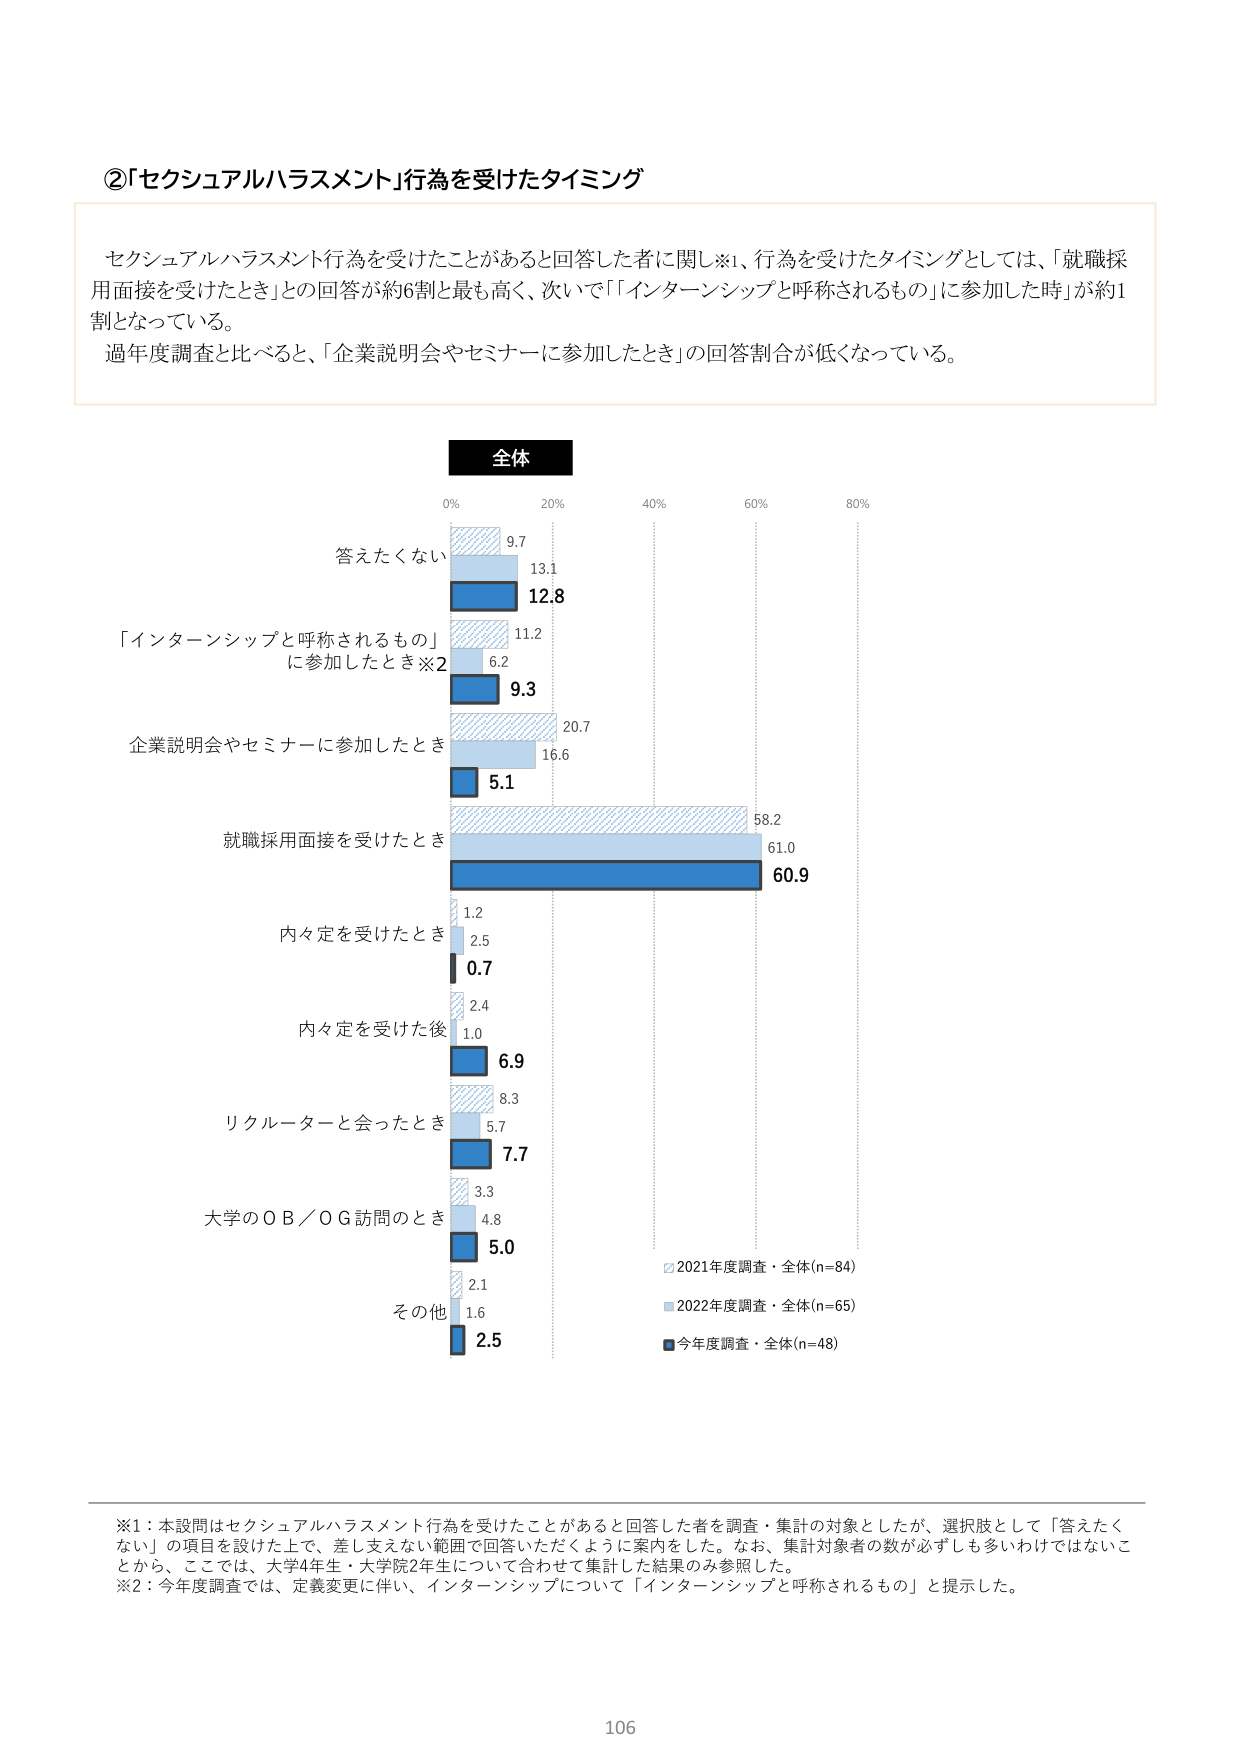
②「セクシュアルハラスメント」行為を受けたタイミング

セクシュアルハラスメント行為を受けたことがあると回答した者に関し※1、行為を受けたタイミングとしては、「就職採用面接を受けたとき」との回答が約6割と最も高く、次いで「「インターンシップと呼称されるもの」に参加した時」が約1割となっている。
過年度調査と比べると、「企業説明会やセミナーに参加したとき」の回答割合が低くなっている。

全体
0% 20% 40% 60% 80%
答えたくない 9.7 13.1 12.8
「インターンシップと呼称されるもの」に参加したとき※2 11.2 6.2 9.3
企業説明会やセミナーに参加したとき 20.7 16.6 5.1
就職採用面接を受けたとき 58.2 61.0 60.9
内々定を受けたとき 1.2 2.5 0.7
内々定を受けた後 2.4 1.0 6.9
リクルーターと会ったとき 8.3 5.7 7.7
大学のＯＢ／ＯＧ訪問のとき 3.3 4.8 5.0
その他 2.1 1.6 2.5

2021年度調査・全体(n=84)
2022年度調査・全体(n=65)
今年度調査・全体(n=48)

※1：本設問はセクシュアルハラスメント行為を受けたことがあると回答した者を調査・集計の対象としたが、選択肢として「答えたくない」の項目を設けた上で、差し支えない範囲で回答いただくように案内をした。なお、集計対象者の数が必ずしも多いわけではないことから、ここでは、大学4年生・大学院2年生について合わせて集計した結果のみ参照した。
※2：今年度調査では、定義変更に伴い、インターンシップについて「インターンシップと呼称されるもの」と提示した。

106